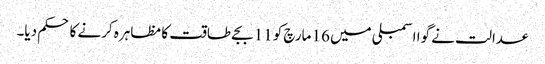
عدالت نے گوا اسمبلی میں 16 مارچ کو 11 بجے طاقت کا مظاہرہ کرنے کا حکم دیا۔